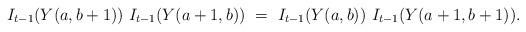
LaTeX: \begin{align*}I_{t-1}(Y(a,b+1))\ I_{t-1}(Y(a+1,b))\ =\ I_{t-1}(Y(a,b))\ I_{t-1}(Y(a+1,b+1)).\end{align*}